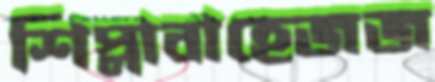
শিপ্লাবাহেজজ